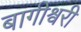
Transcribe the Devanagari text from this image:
बागीश्वरी